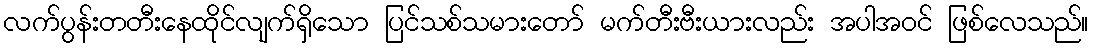
လက်ပွန်းတတီးနေထိုင်လျက်ရှိသော ပြင်သစ်သမားတော် မက်တီးဗီးယားလည်း အပါအဝင် ဖြစ်လေသည်။